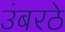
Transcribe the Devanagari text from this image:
उंबरठे